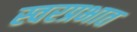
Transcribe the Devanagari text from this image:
स्वरप्रभात